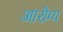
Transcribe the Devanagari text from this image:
आरॊग्य